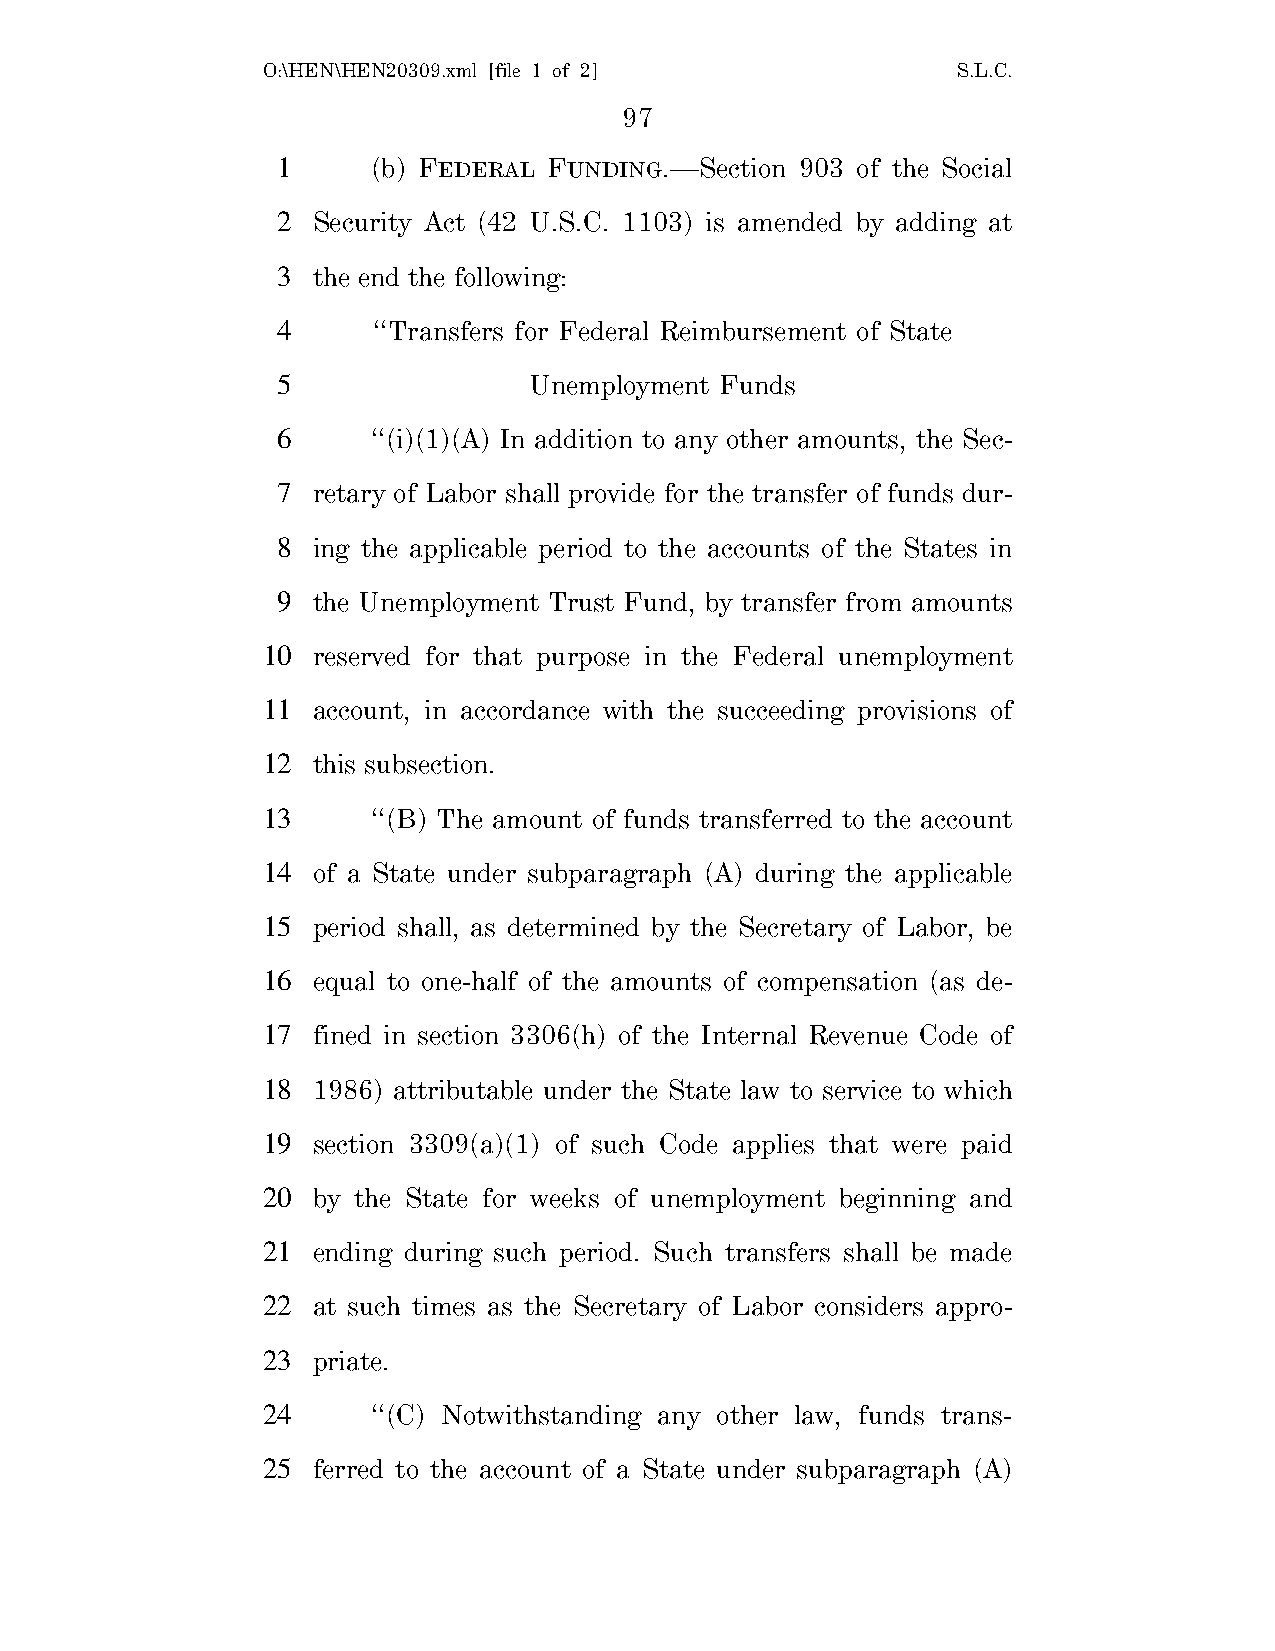
O:\HEN\HEN20309.xml [file 1 of 2]             S.L.C.
 97
 1      (b) FEDERAL FUNDING.—Section 903 of the Social
 2  Security Act (42 U.S.C. 1103) is amended by adding at
 3  the end the following:
 4      ‘‘Transfers for Federal Reimbursement of State
 5                Unemployment Funds
 6      ‘‘(i)(1)(A) In addition to any other amounts, the Sec-
 7  retary of Labor shall provide for the transfer of funds dur-
 8  ing the applicable period to the accounts of the States in
 9  the Unemployment Trust Fund, by transfer from amounts
 10  reserved for that purpose in the Federal unemployment
 11  account, in accordance with the succeeding provisions of
 12  this subsection.
 13      ‘‘(B) The amount of funds transferred to the account
 14  of a State under subparagraph (A) during the applicable
 15  period shall, as determined by the Secretary of Labor, be
 16  equal to one-half of the amounts of compensation (as de-
 17  fined in section 3306(h) of the Internal Revenue Code of
 18  1986) attributable under the State law to service to which
 19  section 3309(a)(1) of such Code applies that were paid
 20  by the State for weeks of unemployment beginning and
 21  ending during such period. Such transfers shall be made
 22  at such times as the Secretary of Labor considers appro-
 23  priate.
 24      ‘‘(C) Notwithstanding any other law, funds trans-
 25  ferred to the account of a State under subparagraph (A)